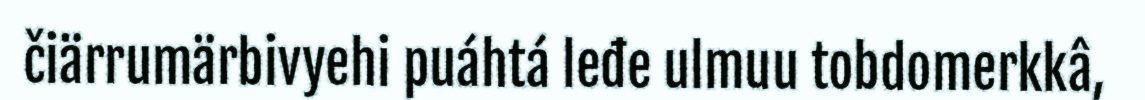
čiärrumärbivyehi puáhtá leđe ulmuu tobdomerkkâ,